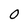
Character: 0